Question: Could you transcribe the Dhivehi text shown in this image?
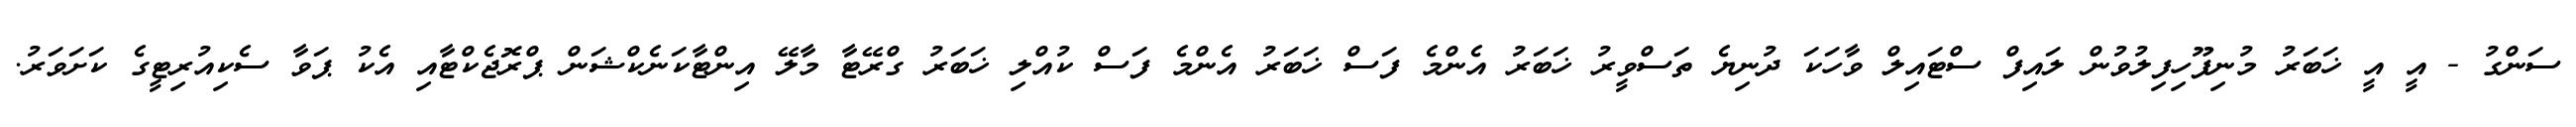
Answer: ސަންގު - އީ އީ ޚަބަރު މުނިފޫހިފިލުވުން ލައިފް ސްޓައިލް ވާހަކަ ދުނިޔެ ތަސްވީރު ޚަބަރު އެންމެ ފަސް ޚަބަރު އެންމެ ފަސް ކުއްލި ޚަބަރު ގްރޭޓާ މާލޭ އިންޓާކަނެކްޝަން ޕްރޮޖެކްޓާއި އެކު ޕަވާ ސެކިއުރިޓީގެ ކަށަވަރު.